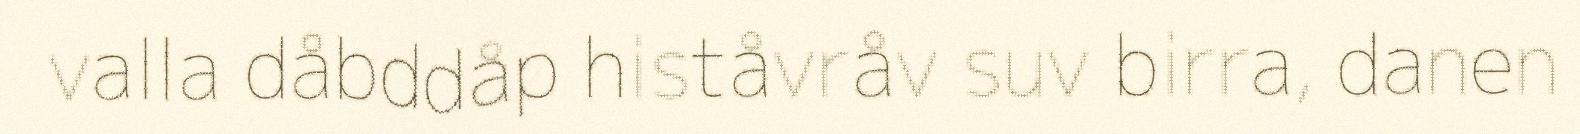
valla dåbddåp histåvråv suv birra, danen